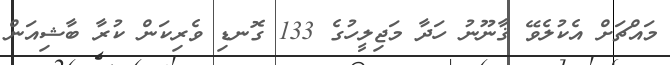
މައްޗަށް އެކުލެވޭ ޤާނޫނު ހަދާ މަޖިލީހުގެ 133 ގޮނޑި ވެރިކަން ކުރާ ބާޝިއަން